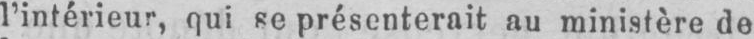
l’intérieur, qui se présenterait au ministère de